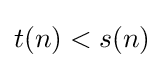
t(n)<s(n)